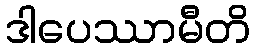
ဒါပေဿာမီတိ